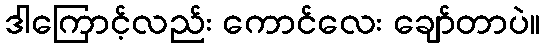
ဒါကြောင့်လည်း ကောင်လေး ချော်တာပဲ။